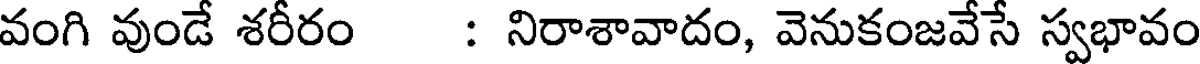
వంగి వుండే శరీరం : నిరాశావాదం, వెనుకంజవేసే స్వభావం